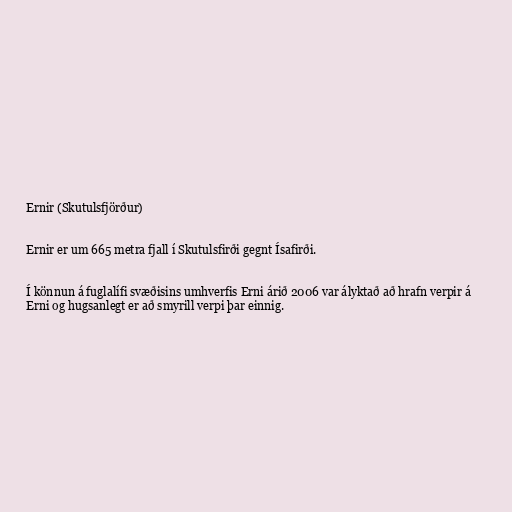
Ernir (Skutulsfjörður)

Ernir er um 665 metra fjall í Skutulsfirði gegnt Ísafirði.

Í könnun á fuglalífi svæðisins umhverfis Erni árið 2006 var ályktað að hrafn verpir á
Erni og hugsanlegt er að smyrill verpi þar einnig.